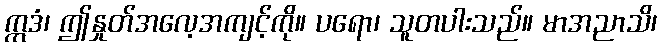
ဣဒံ၊ ဤနှုတ်အလေ့အကျင့်ကို။ ပရော၊ သူတပါးသည်။ မာအညာသိ၊